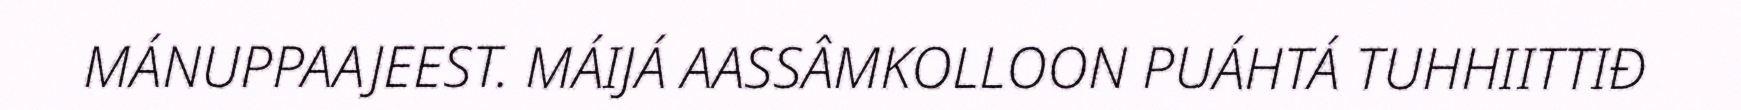
MÁNUPPAAJEEST. MÁIJÁ AASSÂMKOLLOON PUÁHTÁ TUHHIITTIĐ